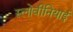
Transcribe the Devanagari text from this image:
स्लोवीनियाई